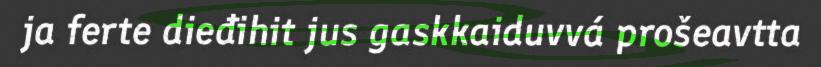
ja ferte dieđihit jus gaskkaiduvvá prošeavtta